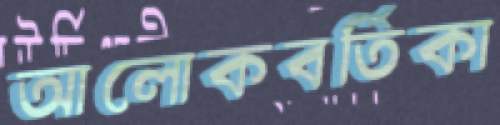
আলোকবর্তিকা